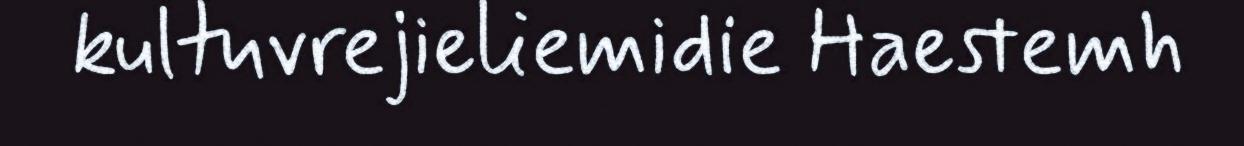
kultuvrejieliemidie Haestemh